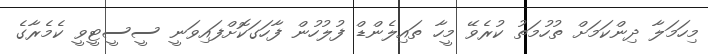
މިހަމަލާ ދިންކަމަށް ތުހުމަތު ކުރެވޭ މީހާ ތައިލެންޑް ފުލުހުން ފާހަގަކޮށްފައިވަނީ ސީސީޓީވީ ކެމެރާގެ